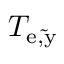
T _ { \mathrm { e , \tilde { y } } }